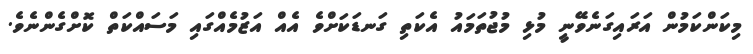
މިކަންކަމުން އަރައިގަނެވޭނީ މުޅި މުޖުތަމައު އެކަތި ގަނޑަކަށްވެ އެއް އަޒުމެއްގައި މަސައްކަތް ކޮށްގެންނެވެ.